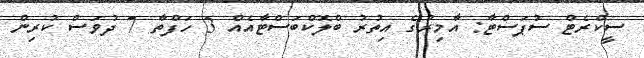
ސީކްރެޓް ސުޕަސްޓާ: އާމިރުގެ އިތުރު ބްލޮކްބަސްޓާއެއް 3 ހަފްތާ 7 ދުވަސް ކުރިން